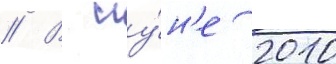
// В иу́н'е 2010